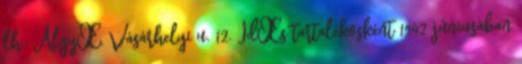
lh.: AlgyŒ, Vásárhelyi u. 12. IdŒs tartalékosként 1942 júniusában